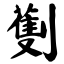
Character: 劐